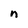
Character: n